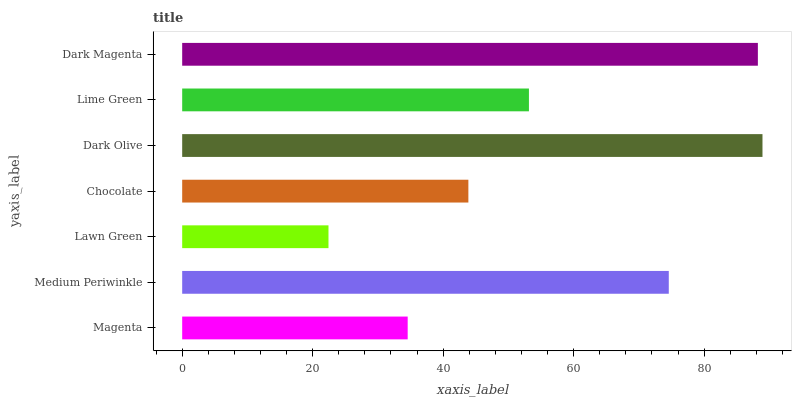
| yaxis_label | bars |
 | --- | --- |
 | Magenta | 34.6 |
 | Medium Periwinkle | 74.6 |
 | Lawn Green | 22.4 |
 | Chocolate | 43.9 |
 | Dark Olive | 88.9 |
 | Lime Green | 53.1 |
 | Dark Magenta | 88.2 |